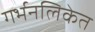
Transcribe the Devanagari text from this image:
गर्भनलिकेत